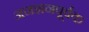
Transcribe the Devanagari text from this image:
अनशनपूर्वक